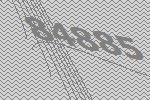
84885